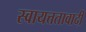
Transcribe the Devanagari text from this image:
स्वायत्ततावादी